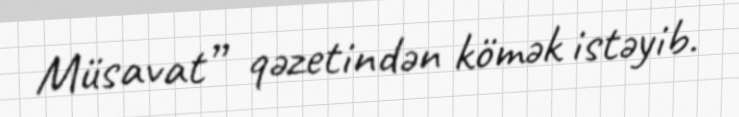
Müsavat” qəzetindən kömək istəyib.